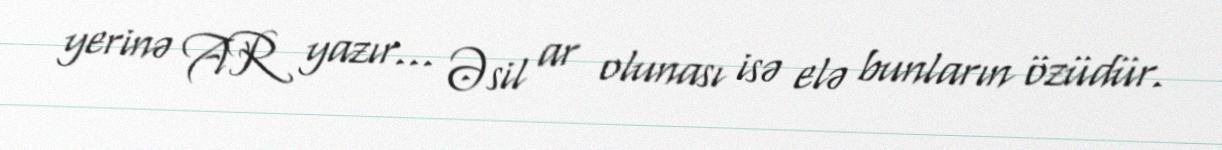
yerinə AR yazır... Əsil ar olunası isə elə bunların özüdür.